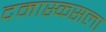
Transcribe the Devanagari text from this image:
दमास्कसला